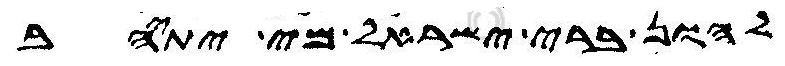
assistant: להון ברי ישראל מי יתיהב